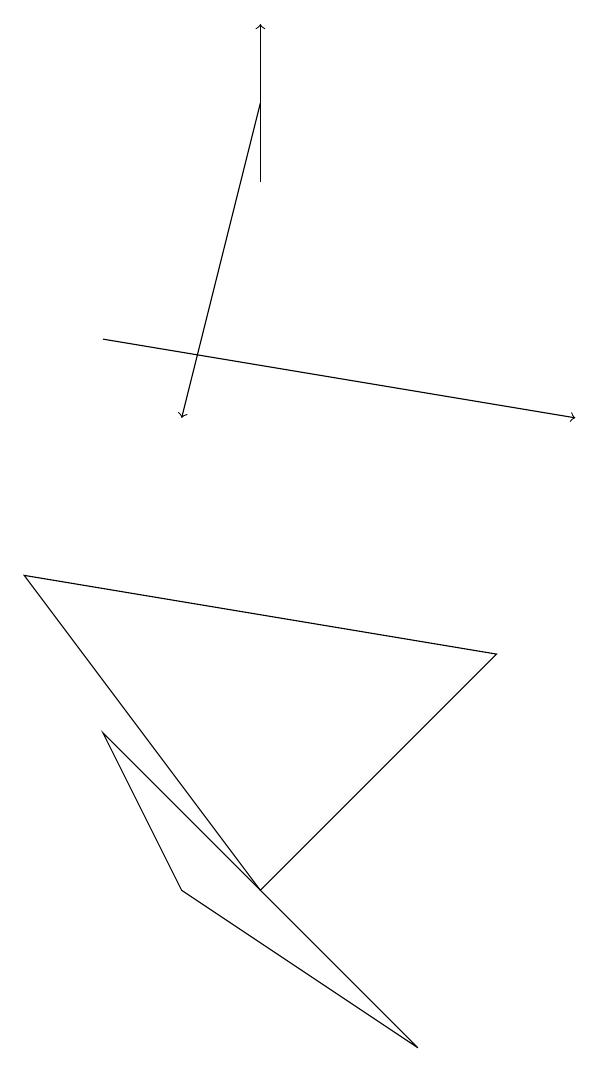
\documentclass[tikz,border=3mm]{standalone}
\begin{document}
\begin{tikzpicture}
\draw (7,3) -- (4,5) -- (3,7) -- cycle;
\draw[->] (5,14) -- (5,16);
\draw[->] (5,15) -- (4,11);
\draw[->] (3,12) -- (9,11);
\draw (2,9) -- (8,8) -- (5,5) -- cycle;
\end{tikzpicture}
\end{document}